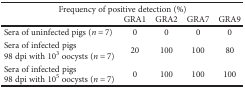
| <COLSPAN=5> Frequency of positive detection (%) |
 |  | GRA1 | GRA2 | GRA7 | GRA9 |
 | --- | --- | --- | --- | --- |
 | Sera of uninfected pigs (n = 7) | 0 | 0 | 0 | 0 |
 | Sera of infected pigs98 dpi with 103 oocysts (n = 7) | 20 | 100 | 100 | 80 |
 | Sera of infected pigs98 dpi with 105 oocysts (n = 7) | 0 | 100 | 100 | 100 |